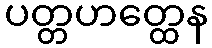
ပတ္တဟတ္ထေန